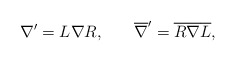
\begin{align*}\nabla ^{\prime }=L\nabla R,\hspace{0.3in}\overline{\nabla}^{\prime }= \overline{R}\overline{\nabla }\overline{L},\end{align*}